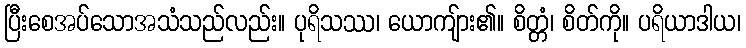
ပြီးစေအပ်သောအသံသည်လည်း။ ပုရိသဿ၊ ယောကျ်ား၏။ စိတ္တံ၊ စိတ်ကို။ ပရိယာဒါယ၊